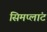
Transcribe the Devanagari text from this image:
सिमप्लांट